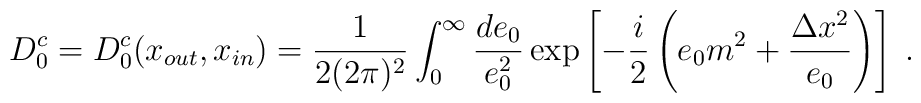
D_{0}^{c}=D_{0}^{c}( x_{out},x_{in}) =\frac {1}{2( 2\pi )^{2}}\int_{0}^{\infty} \frac{de_0}{e_0^2}\exp \left[-\frac {i}{2}\left( e_0m^2+\frac{\Delta x^2}{e_0} \right) \right]\;.